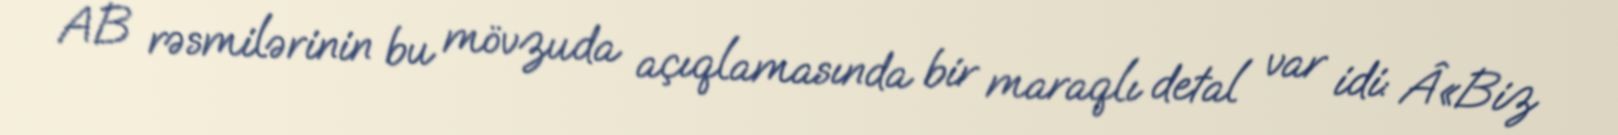
AB rəsmilərinin bu mövzuda açıqlamasında bir maraqlı detal var idi: Â«Biz